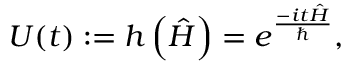
U ( t ) : = h \left( { \hat { H } } \right) = e ^ { \frac { - i t { \hat { H } } } { \hbar } } ,